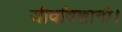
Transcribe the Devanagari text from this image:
जीवविज्ञानी।